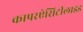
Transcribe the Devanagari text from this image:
कापरऐसिटीलाइड